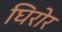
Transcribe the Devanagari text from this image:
घिरोर